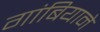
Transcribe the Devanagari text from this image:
गांबियाने